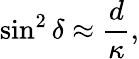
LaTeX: \sin^{2}{\delta}\approx\frac{d}{\kappa},